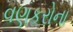
વણકરોના